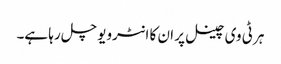
ہر ٹی وی چینل پر ان کا انٹرویو چل رہا ہے۔